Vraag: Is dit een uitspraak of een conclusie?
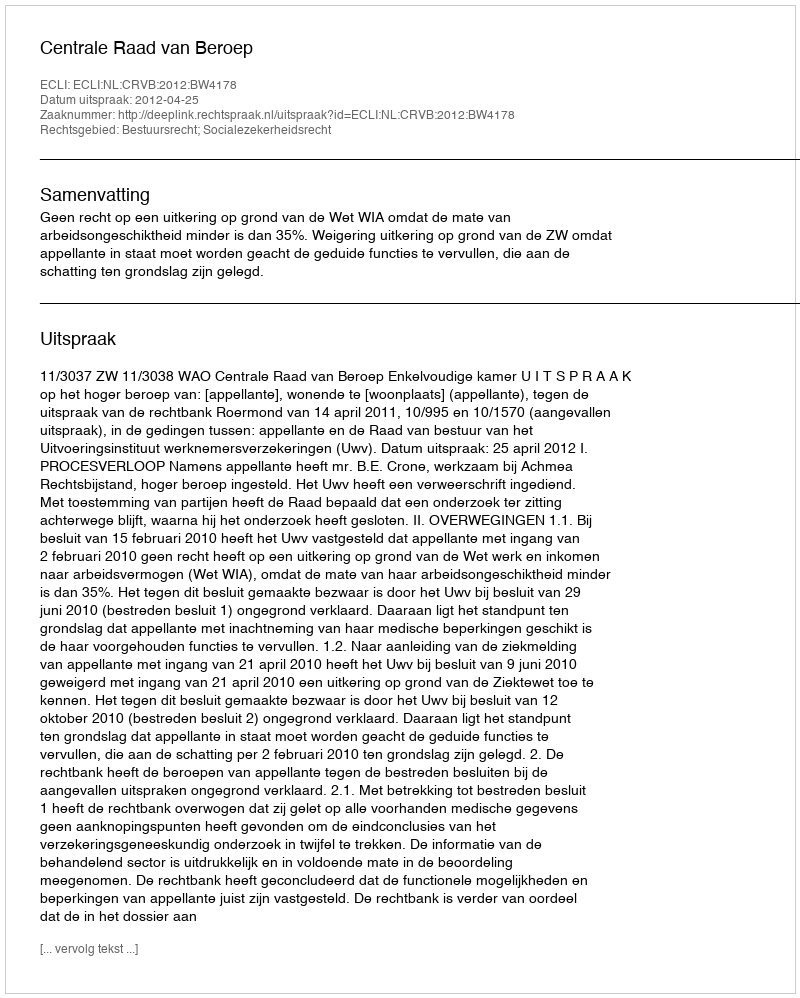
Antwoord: Uitspraak